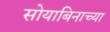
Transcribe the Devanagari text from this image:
सोयाबिनाच्या